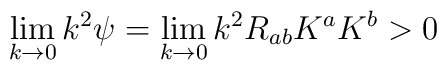
\lim_{k\rightarrow 0}k^2 \psi = \lim_{k\rightarrow 0}k^2 R_{ab}K^{a}K^{b} > 0